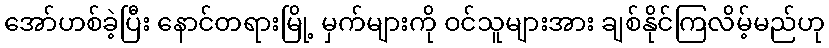
အော်ဟစ်ခဲ့ပြီး နောင်တရားမြို့ မှက်များကို ဝင်သူများအား ချစ်နိုင်ကြလိမ့်မည်ဟု